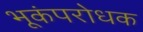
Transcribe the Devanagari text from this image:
भूकंपरोधक